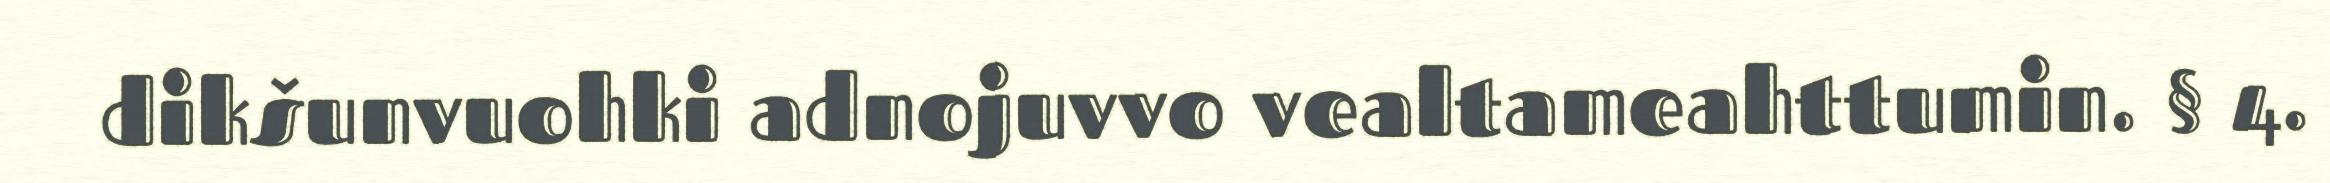
dikšunvuohki adnojuvvo vealtameahttumin. § 4.